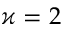
\varkappa = 2